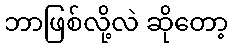
ဘာဖြစ်လို့လဲ ဆိုတော့